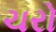
ચરો